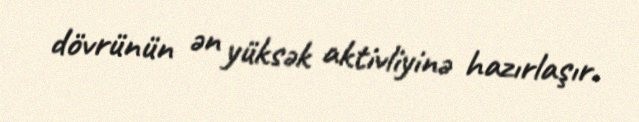
dövrünün ən yüksək aktivliyinə hazırlaşır.